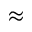
\approx